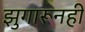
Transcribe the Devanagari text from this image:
झुगारूनही